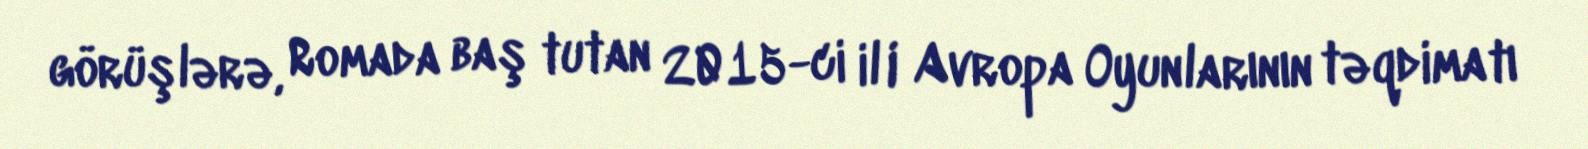
görüşlərə, Romada baş tutan 2015-ci il I Avropa Oyunlarının təqdimatı